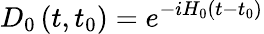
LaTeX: D_{0}\left(t,t_{0}\right)=e^{-iH_{0}(t-t_{0})}